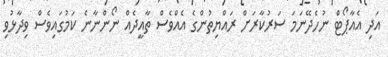
އަދި އެއާޕޯޓް ނުހެދޭނަމަ ސަރުކާރަށް ރައްޔިތުންގެ އެއްވެސް ތާއީދެއް ނޯންނާނެ ކަމުގައިވެސް ވިދާޅުވި